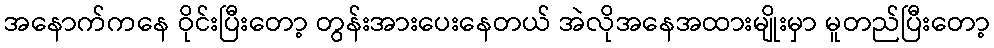
အနောက်ကနေ ဝိုင်းပြီးတော့ တွန်းအားပေးနေတယ် အဲလိုအနေအထားမျိုးမှာ မူတည်ပြီးတော့